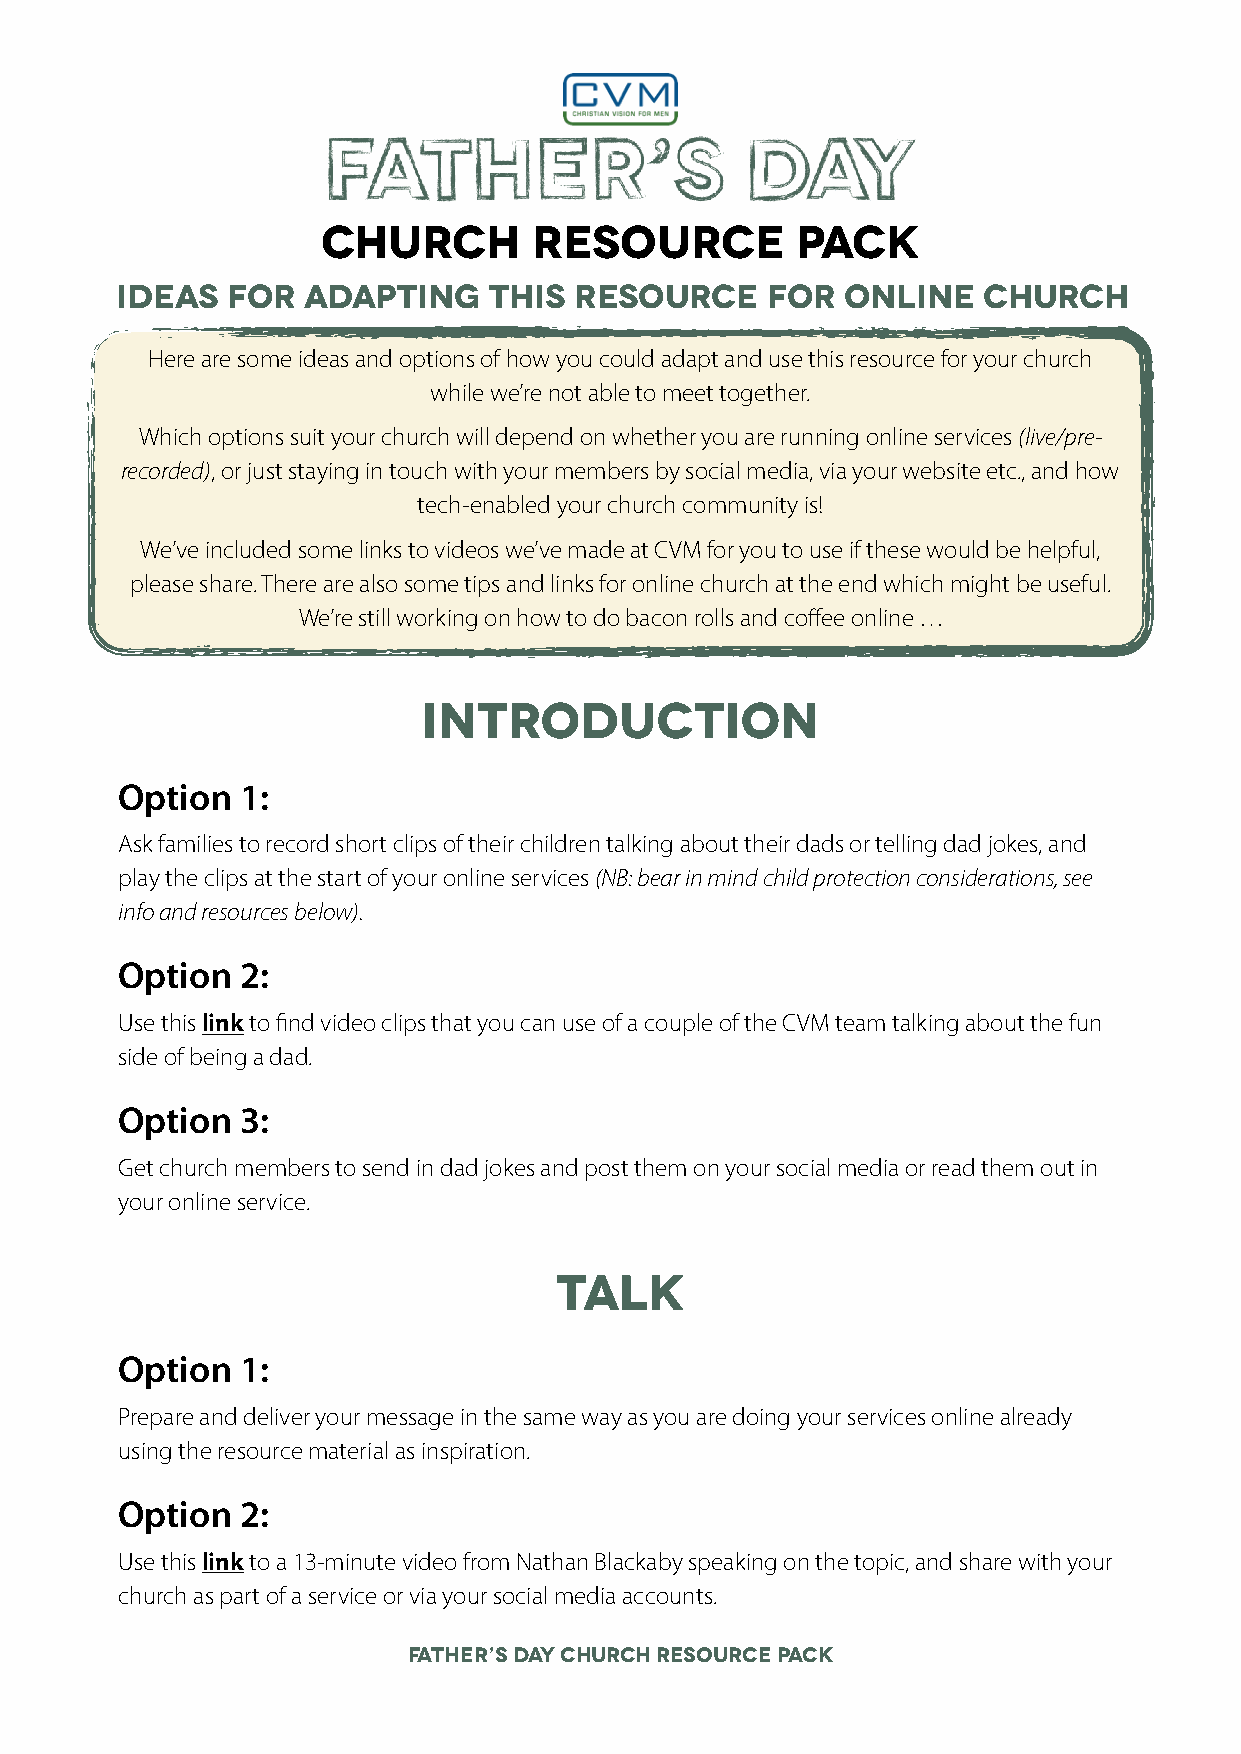
Father’s                    Day
 Church        Resource          Pack
 Ideas  for  adapting    this  resource     for  online   church
 Here are some ideas and options of how you could adapt and use this resource for your church
 while we’re not able to meet together.
 Which options suit your church will depend on whether you are running online services (live/pre-
 recorded), or just staying in touch with your members by social media, via your website etc., and how
 tech-enabled your church community is!
 We’ve included some links to videos we’ve made at CVM for you to use if these would be helpful,
 please share. There are also some tips and links for online church at the end which might be useful.
 We’re still working on how to do bacon rolls and coffee online …
 Introduction
 Option  1:
 Ask families to record short clips of their children talking about their dads or telling dad jokes, and
 play the clips at the start of your online services (NB: bear in mind child protection considerations, see
 info and resources below).
 Option  2:
 Use this link to find video clips that you can use of a couple of the CVM team talking about the fun
 side of being a dad.
 Option  3:
 Get church members to send in dad jokes and post them on your social media or read them out in
 your online service.
 Talk
 Option  1:
 Prepare and deliver your message in the same way as you are doing your services online already
 using the resource material as inspiration.
 Option  2:
 Use this link to a 13-minute video from Nathan Blackaby speaking on the topic, and share with your
 church as part of a service or via your social media accounts.
 FATHER’S DAY CHURCH RESOURCE PACK